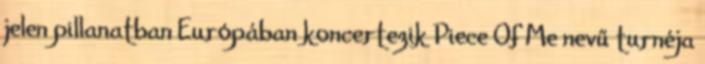
jelen pillanatban Európában koncertezik Piece Of Me nevű turnéja